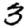
Digit: 3